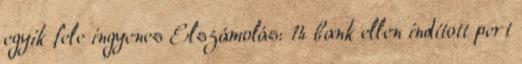
egyik fele ingyenes Elszámolás: 14 bank ellen indított pert